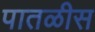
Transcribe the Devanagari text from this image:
पातळीस